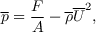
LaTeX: { \overline { { p } } } = { \frac { F } { A } } - { { \overline { { \rho } } } { \overline { { U } } } ^ { 2 } } ,